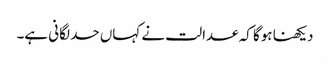
دیکھنا ہوگا کہ عدالت نے کہاں حد لگانی ہے۔